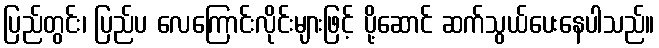
ပြည်တွင်း၊ ပြည်ပ လေကြောင်းလိုင်းများဖြင့် ပို့ဆောင် ဆက်သွယ်ပေးနေပါသည်။